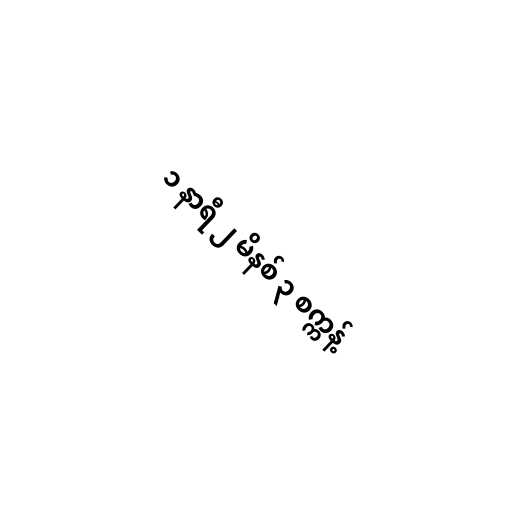
၁ နာရီ ၂ မိနစ် ၃ စက္ကန့်